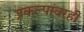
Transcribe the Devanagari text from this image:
प्रकल्पांवरही